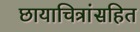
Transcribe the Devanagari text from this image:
छायाचित्रांसहित